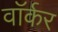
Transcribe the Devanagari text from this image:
वाॅर्कर